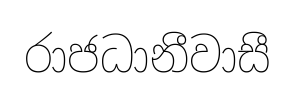
රාජධානීවාසී